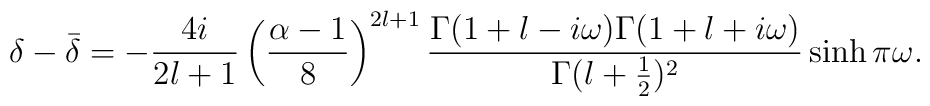
\delta - \bar{\delta} = -\frac{4i}{2l+1} \left( \frac{\alpha-1}{8}\right)^{2l+1} \frac{\Gamma(1+l-i\omega)\Gamma(1+l+i\omega)}{\Gamma(l+\frac{1}{2})^2} \sinh \pi \omega.